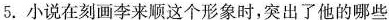
5.小说在刻画李来顺这个形象时,突出了他的哪些